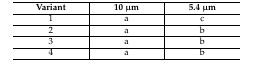
<table><thead><tr><td><b>Variant</b></td><td><b>10 μm</b></td><td><b>5.4 μm</b></td></tr></thead><tbody><tr><td>1</td><td>a</td><td>c</td></tr><tr><td>2</td><td>a</td><td>b</td></tr><tr><td>3</td><td>a</td><td>b</td></tr><tr><td>4</td><td>a</td><td>b</td></tr></tbody></table>